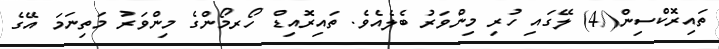
ތައިރޮކްސިން(/4) ލޭގައި ހުރި މިންވަރު ބެލެއެވެ. ތައިރޮއިޑް ހޯރމޯންގެ މިންވަރު މަތިނަމަ އޭގެ